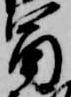
冨